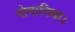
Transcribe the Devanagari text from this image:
रोमानिया।